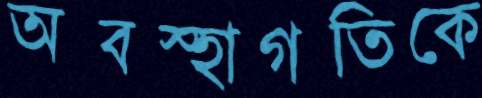
অবস্হাগতিকে